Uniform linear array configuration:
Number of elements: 32
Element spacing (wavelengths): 0.25
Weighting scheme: kaiser
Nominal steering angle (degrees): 0
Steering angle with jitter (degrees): -0.07485
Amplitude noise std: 0.05
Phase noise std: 0.05

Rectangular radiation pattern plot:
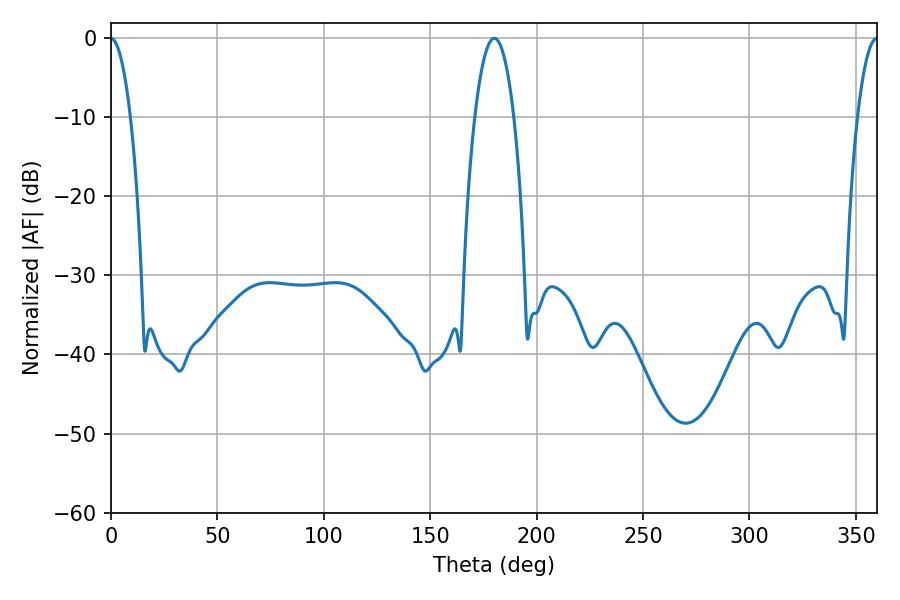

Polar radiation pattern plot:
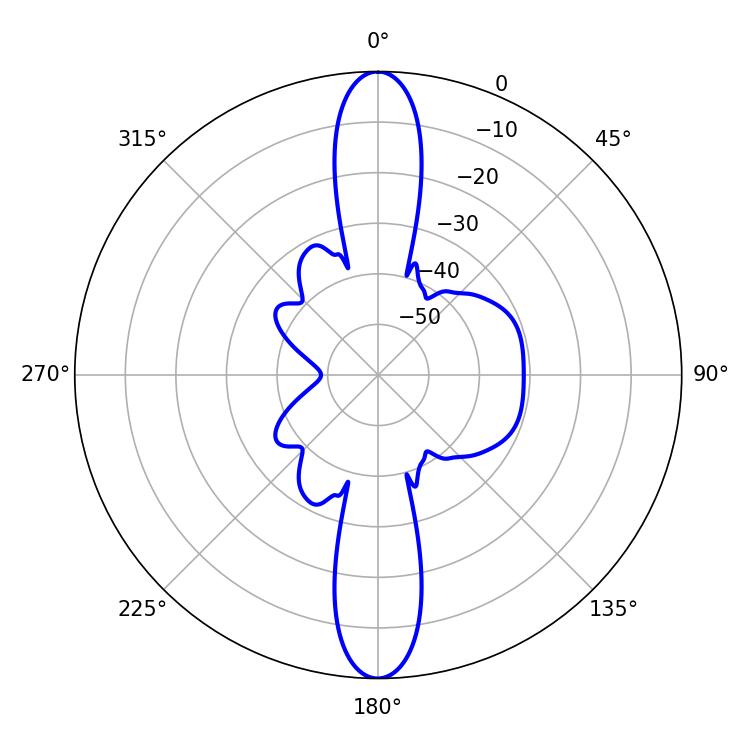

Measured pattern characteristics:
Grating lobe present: FALSE
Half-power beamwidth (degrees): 10.26
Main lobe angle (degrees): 180.18